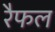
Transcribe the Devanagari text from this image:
रैफल